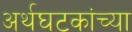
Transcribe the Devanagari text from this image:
अर्थघटकांच्या